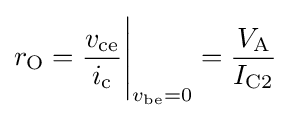
r_{\text{O}}={\frac {v_{\text{ce}}}{i_{\text{c}}}}{\Bigg |}_{v_{\text{be}}=0}={\frac {V_{\text{A}}}{I_{\text{C2}}}}